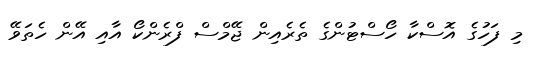
މި ފަހުގެ އޮސްކާ ހޯސްޓުންގެ ތެރެއިން ޖޭމްސް ފްރެންކޯ އާއި އޭން ހެތަވޭ